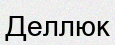
Деллюк